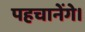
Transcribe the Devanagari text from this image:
पहचानेंगे।